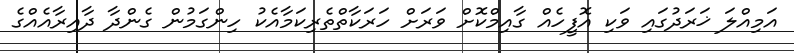
އަމިއްލަ ޚަރަދުގައި ވަކި އޮފީހެއް ގާއިމްކޮށް ވަރަށް ހަރަކާތްތެރިކަމާއެކު ހިންގަމުން ގެންދާ ދާއިރާއެއްގެ